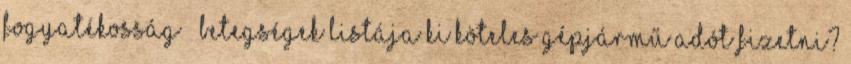
fogyatékosság – betegségek listája Ki köteles gépjármű adót fizetni?